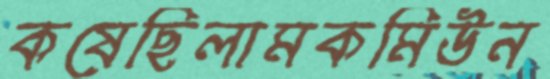
কষেছিলামকমিউন